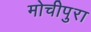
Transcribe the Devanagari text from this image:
मोचीपुरा